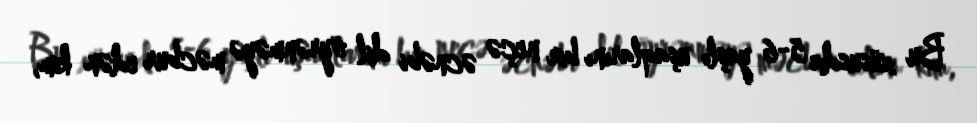
Bu xüsusda 5-6 yaşlı uşaqlarını bir neçə əcnəbi dil öyrənməyə məcbur edən kim,